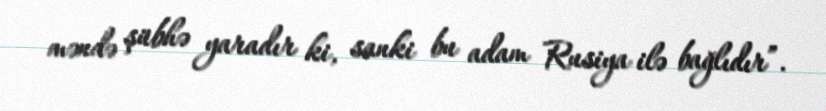
məndə şübhə yaradır ki, sanki bu adam Rusiya ilə bağlıdır”.